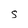
Character: S